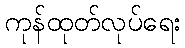
ကုန်ထုတ်လုပ်ရေး